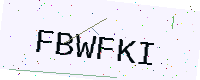
Text: FBWFKI